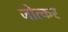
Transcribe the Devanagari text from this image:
जोत्कर